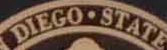
DIEGO.STATE